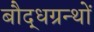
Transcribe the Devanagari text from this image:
बौद्धग्रन्थों